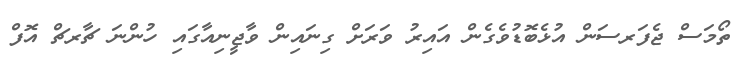
ތޯމަސް ޖެފަރސަން އުޅެބޮޑުވެގެން އައިރު ވަރަށް ގިނައިން ވާޖީނިއާގައި ހުންނަ ޗާރޗް އޮފް